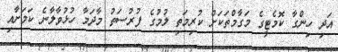
އަދި ހިންގާ ކޮމެޓީގެ މަގާމްތަކަށް ކުރިމަތި ލުމުގެ ފުރުސަތު މާދަމާ ހުޅުވާލާނެ ކަމަށާއި